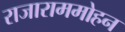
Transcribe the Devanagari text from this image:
राजाराममोहन